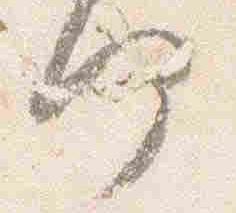
何